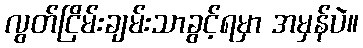
လွတ်ငြိမ်းချမ်းသာခွင့်ရမှာ အမှန်ပဲ။